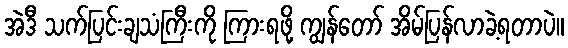
အဲဒီ သက်ပြင်းချသံကြီးကို ကြားရဖို့ ကျွန်တော် အိမ်ပြန်လာခဲ့ရတာပဲ။